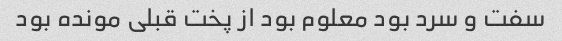
سفت و سرد بود معلوم بود از پخت قبلی مونده بود